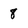
Character: 8